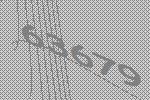
63679